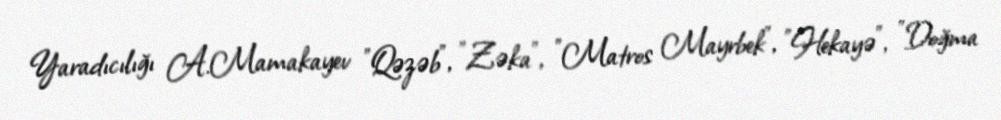
Yaradıcılığı A.Mamakayev "Qəzəb", "Zəka", "Matros Mayrbek", "Hekayə", "Doğma